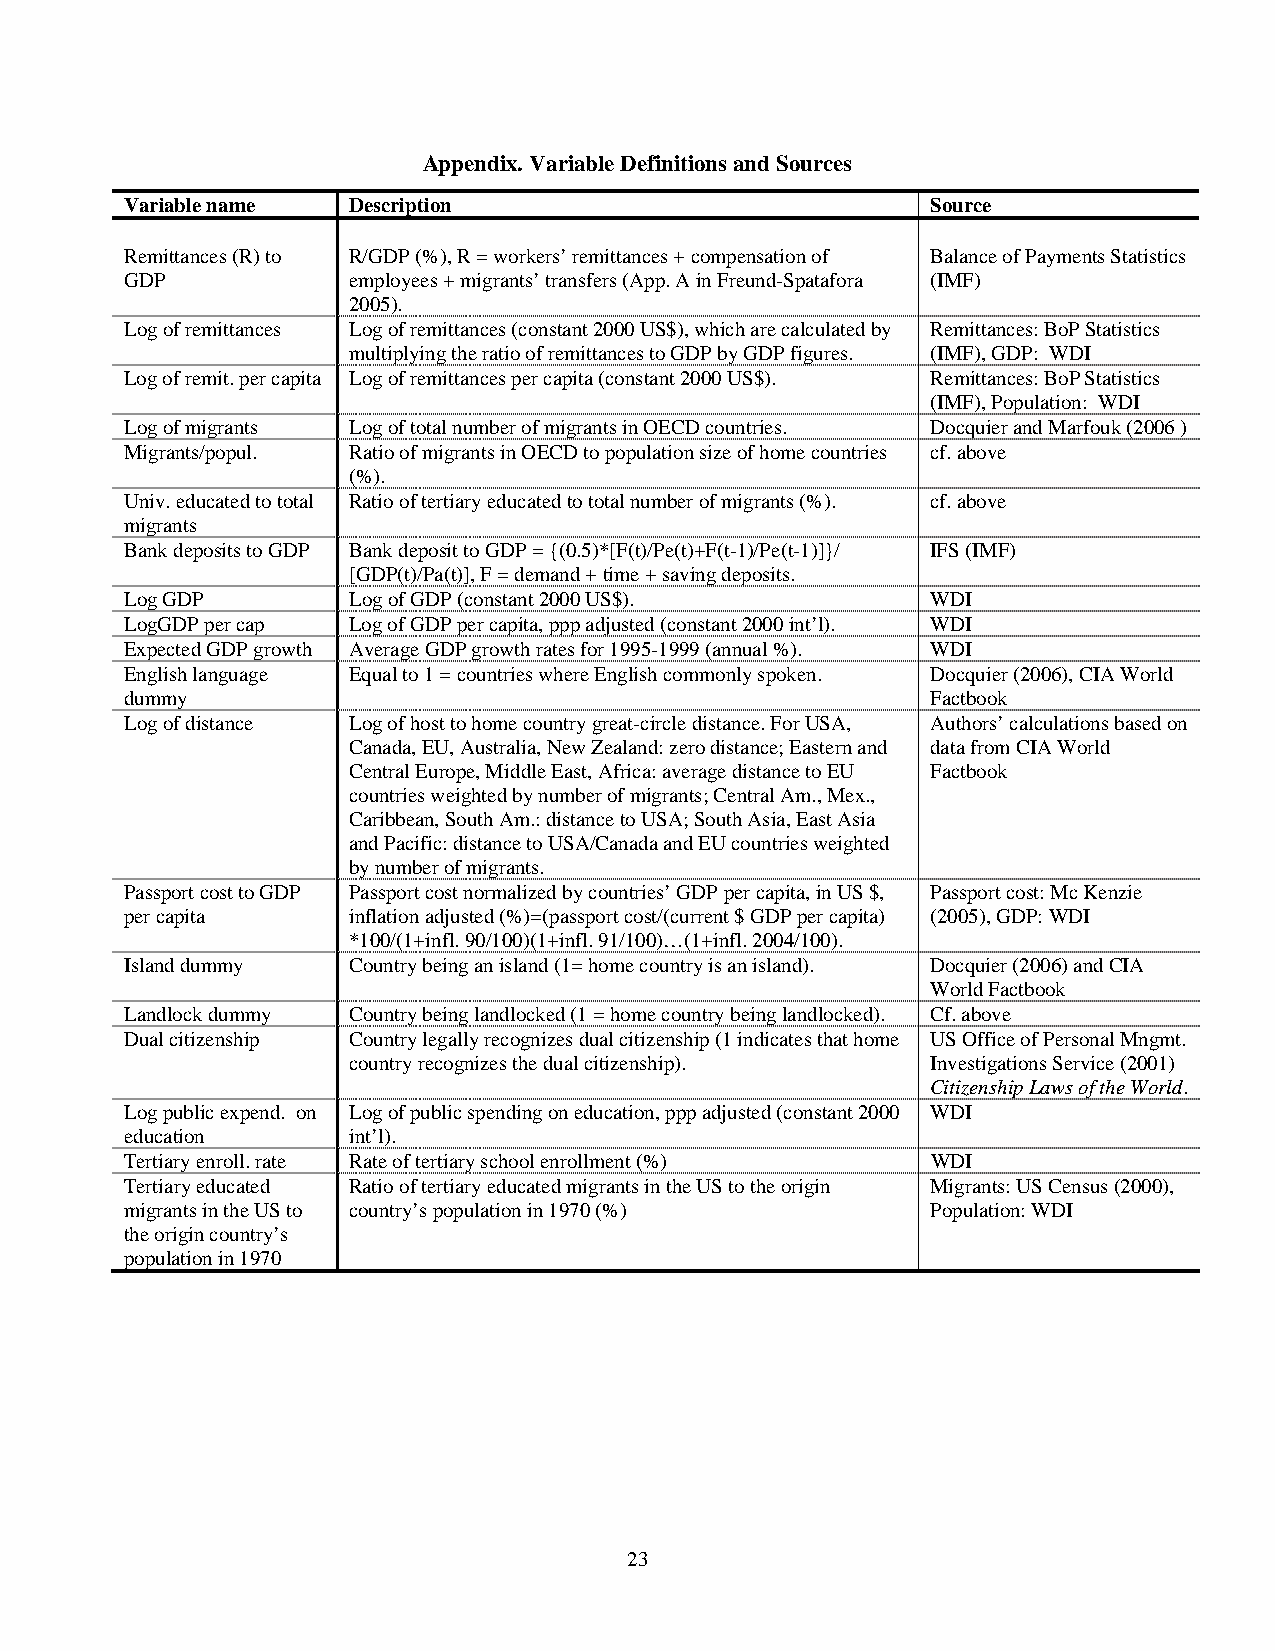
Appendix. Variable Definitions and Sources
 Variable name  Description                            Source
 Remittances (R) to R/GDP (%), R = workers’ remittances + compensation of Balance of Payments Statistics
 GDP            employees + migrants’ transfers (App. A in Freund-Spatafora (IMF)
 2005).
 Log of remittances Log of remittances (constant 2000 US$), which are calculated by Remittances: BoP Statistics
 multiplying the ratio of remittances to GDP by GDP figures. (IMF), GDP: WDI
 Log of remit. per capita Log of remittances per capita (constant 2000 US$). Remittances: BoP Statistics
 (IMF), Population: WDI
 Log of migrants Log of total number of migrants in OECD countries. Docquier and Marfouk (2006 )
 Migrants/popul. Ratio of migrants in OECD to population size of home countries cf. above
 (%).
 Univ. educated to total Ratio of tertiary educated to total number of migrants (%). cf. above
 migrants
 Bank deposits to GDP Bank deposit to GDP = {(0.5)*[F(t)/Pe(t)+F(t-1)/Pe(t-1)]}/ IFS (IMF)
 [GDP(t)/Pa(t)], F = demand + time + saving deposits.
 Log GDP        Log of GDP (constant 2000 US$).        WDI
 LogGDP per cap Log of GDP per capita, ppp adjusted (constant 2000 int’l). WDI
 Expected GDP growth Average GDP growth rates for 1995-1999 (annual %). WDI
 English language Equal to 1 = countries where English commonly spoken. Docquier (2006), CIA World
 dummy                                                 Factbook
 Log of distance Log of host to home country great-circle distance. For USA, Authors’ calculations based on
 Canada, EU, Australia, New Zealand: zero distance; Eastern and data from CIA World
 Central Europe, Middle East, Africa: average distance to EU Factbook
 countries weighted by number of migrants; Central Am., Mex.,
 Caribbean, South Am.: distance to USA; South Asia, East Asia
 and Pacific: distance to USA/Canada and EU countries weighted
 by number of migrants.
 Passport cost to GDP Passport cost normalized by countries’ GDP per capita, in US $, Passport cost: Mc Kenzie
 per capita     inflation adjusted (%)=(passport cost/(current $ GDP per capita) (2005), GDP: WDI
 *100/(1+infl. 90/100)(1+infl. 91/100)…(1+infl. 2004/100).
 Island dummy   Country being an island (1= home country is an island). Docquier (2006) and CIA
 World Factbook
 Landlock dummy Country being landlocked (1 = home country being landlocked). Cf. above
 Dual citizenship Country legally recognizes dual citizenship (1 indicates that home US Office of Personal Mngmt.
 country recognizes the dual citizenship). Investigations Service (2001)
 Citizenship Laws of the World.
 Log public expend. on Log of public spending on education, ppp adjusted (constant 2000 WDI
 education      int’l).
 Tertiary enroll. rate Rate of tertiary school enrollment (%) WDI
 Tertiary educated Ratio of tertiary educated migrants in the US to the origin Migrants: US Census (2000),
 migrants in the US to country’s population in 1970 (%) Population: WDI
 the origin country’s
 population in 1970
 23